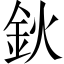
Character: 鈥